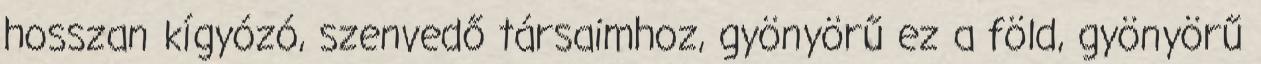
hosszan kígyózó, szenvedő társaimhoz, gyönyörű ez a föld, gyönyörű